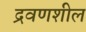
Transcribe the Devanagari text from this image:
द्रवणशील